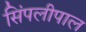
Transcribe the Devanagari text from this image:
सिंपलीपाल